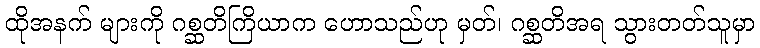
ထိုအနက် များကို ဂစ္ဆတိကြိယာက ဟောသည်ဟု မှတ်၊ ဂစ္ဆတိအရ သွားတတ်သူမှာ